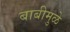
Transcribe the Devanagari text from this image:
बाबीमुळे